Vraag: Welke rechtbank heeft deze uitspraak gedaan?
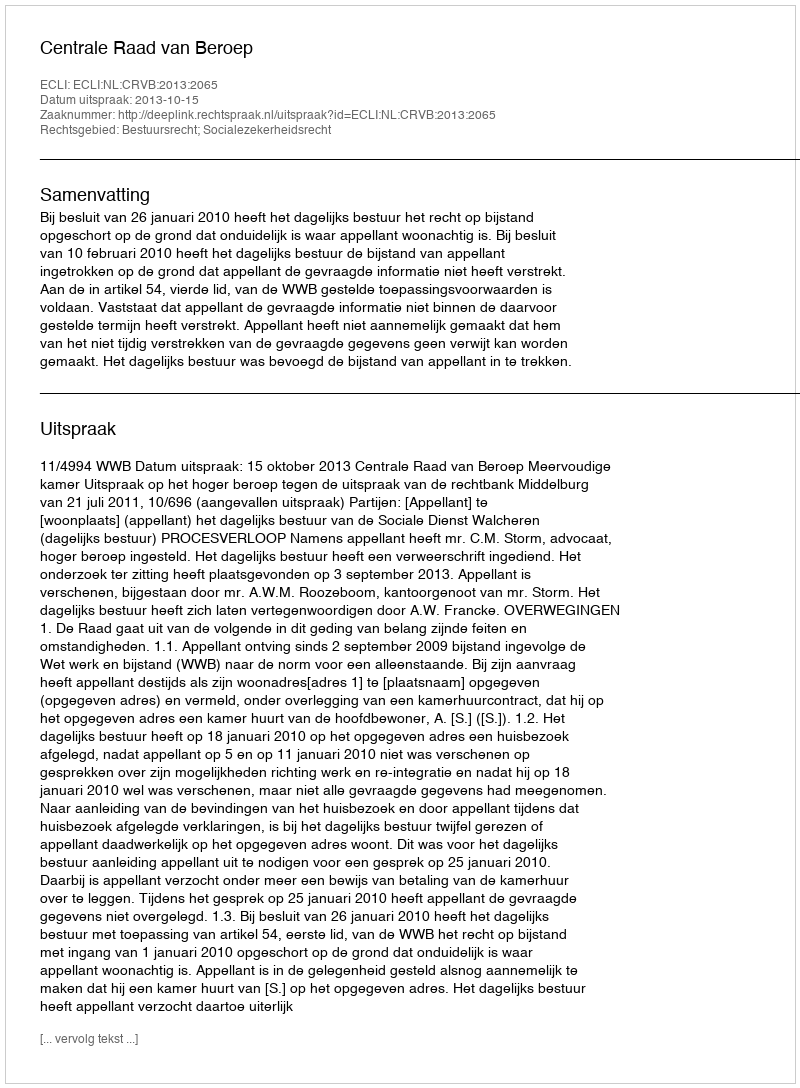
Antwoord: Centrale Raad van Beroep